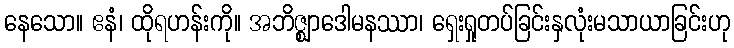
နေသော။ ဧနံ၊ ထိုရဟန်းကို။ အဘိဇ္ဈာဒေါမနဿာ၊ ရှေးရှုတပ်ခြင်းနှလုံးမသာယာခြင်းဟု